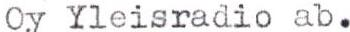
Oy Yleisradio ab.